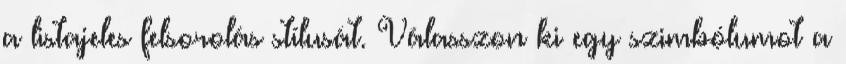
a listajeles felsorolás stílusát. Válasszon ki egy szimbólumot a